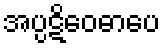
အပ္ပဋိဝေဓာပေ